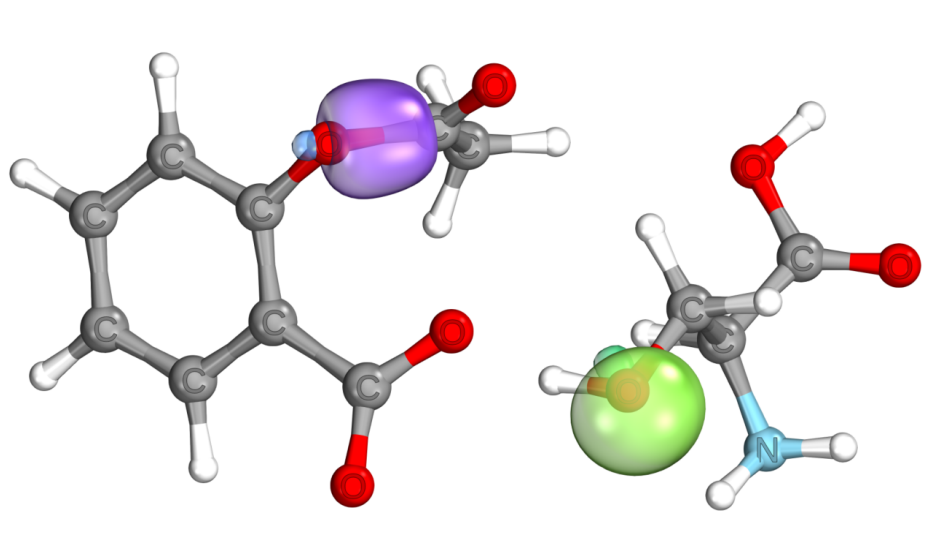
iboview, orbital